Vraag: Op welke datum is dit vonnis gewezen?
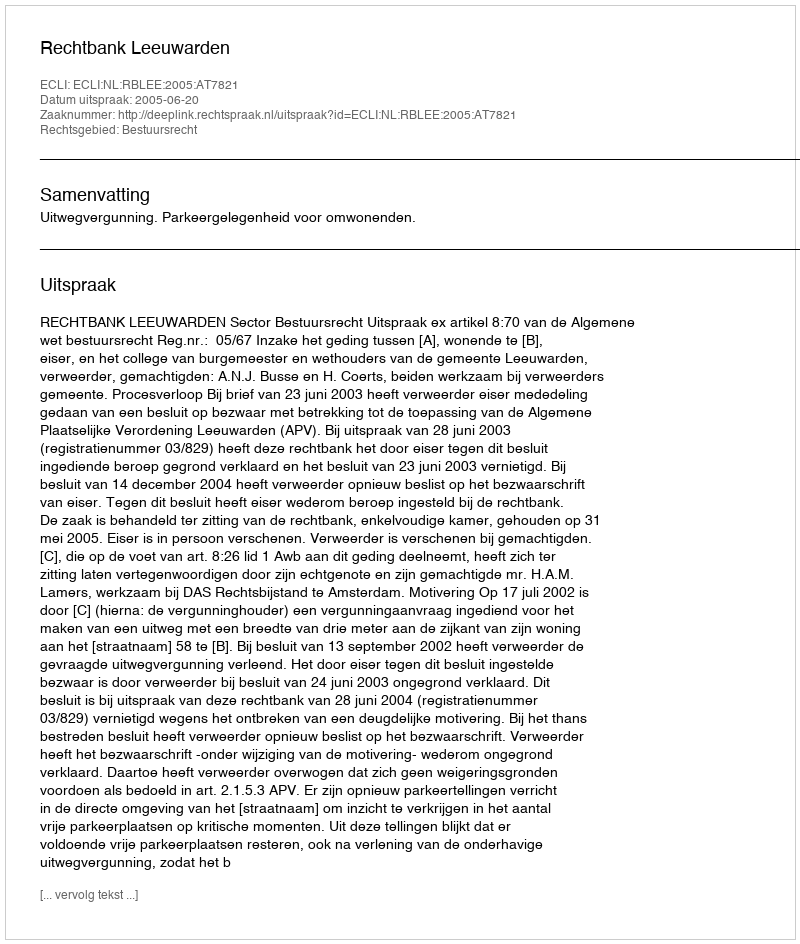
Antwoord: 2005-06-20